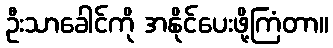
ဦးသာခေါင်ကို အနိုင်ပေးဖို့ကြံတာ။